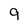
Character: 9